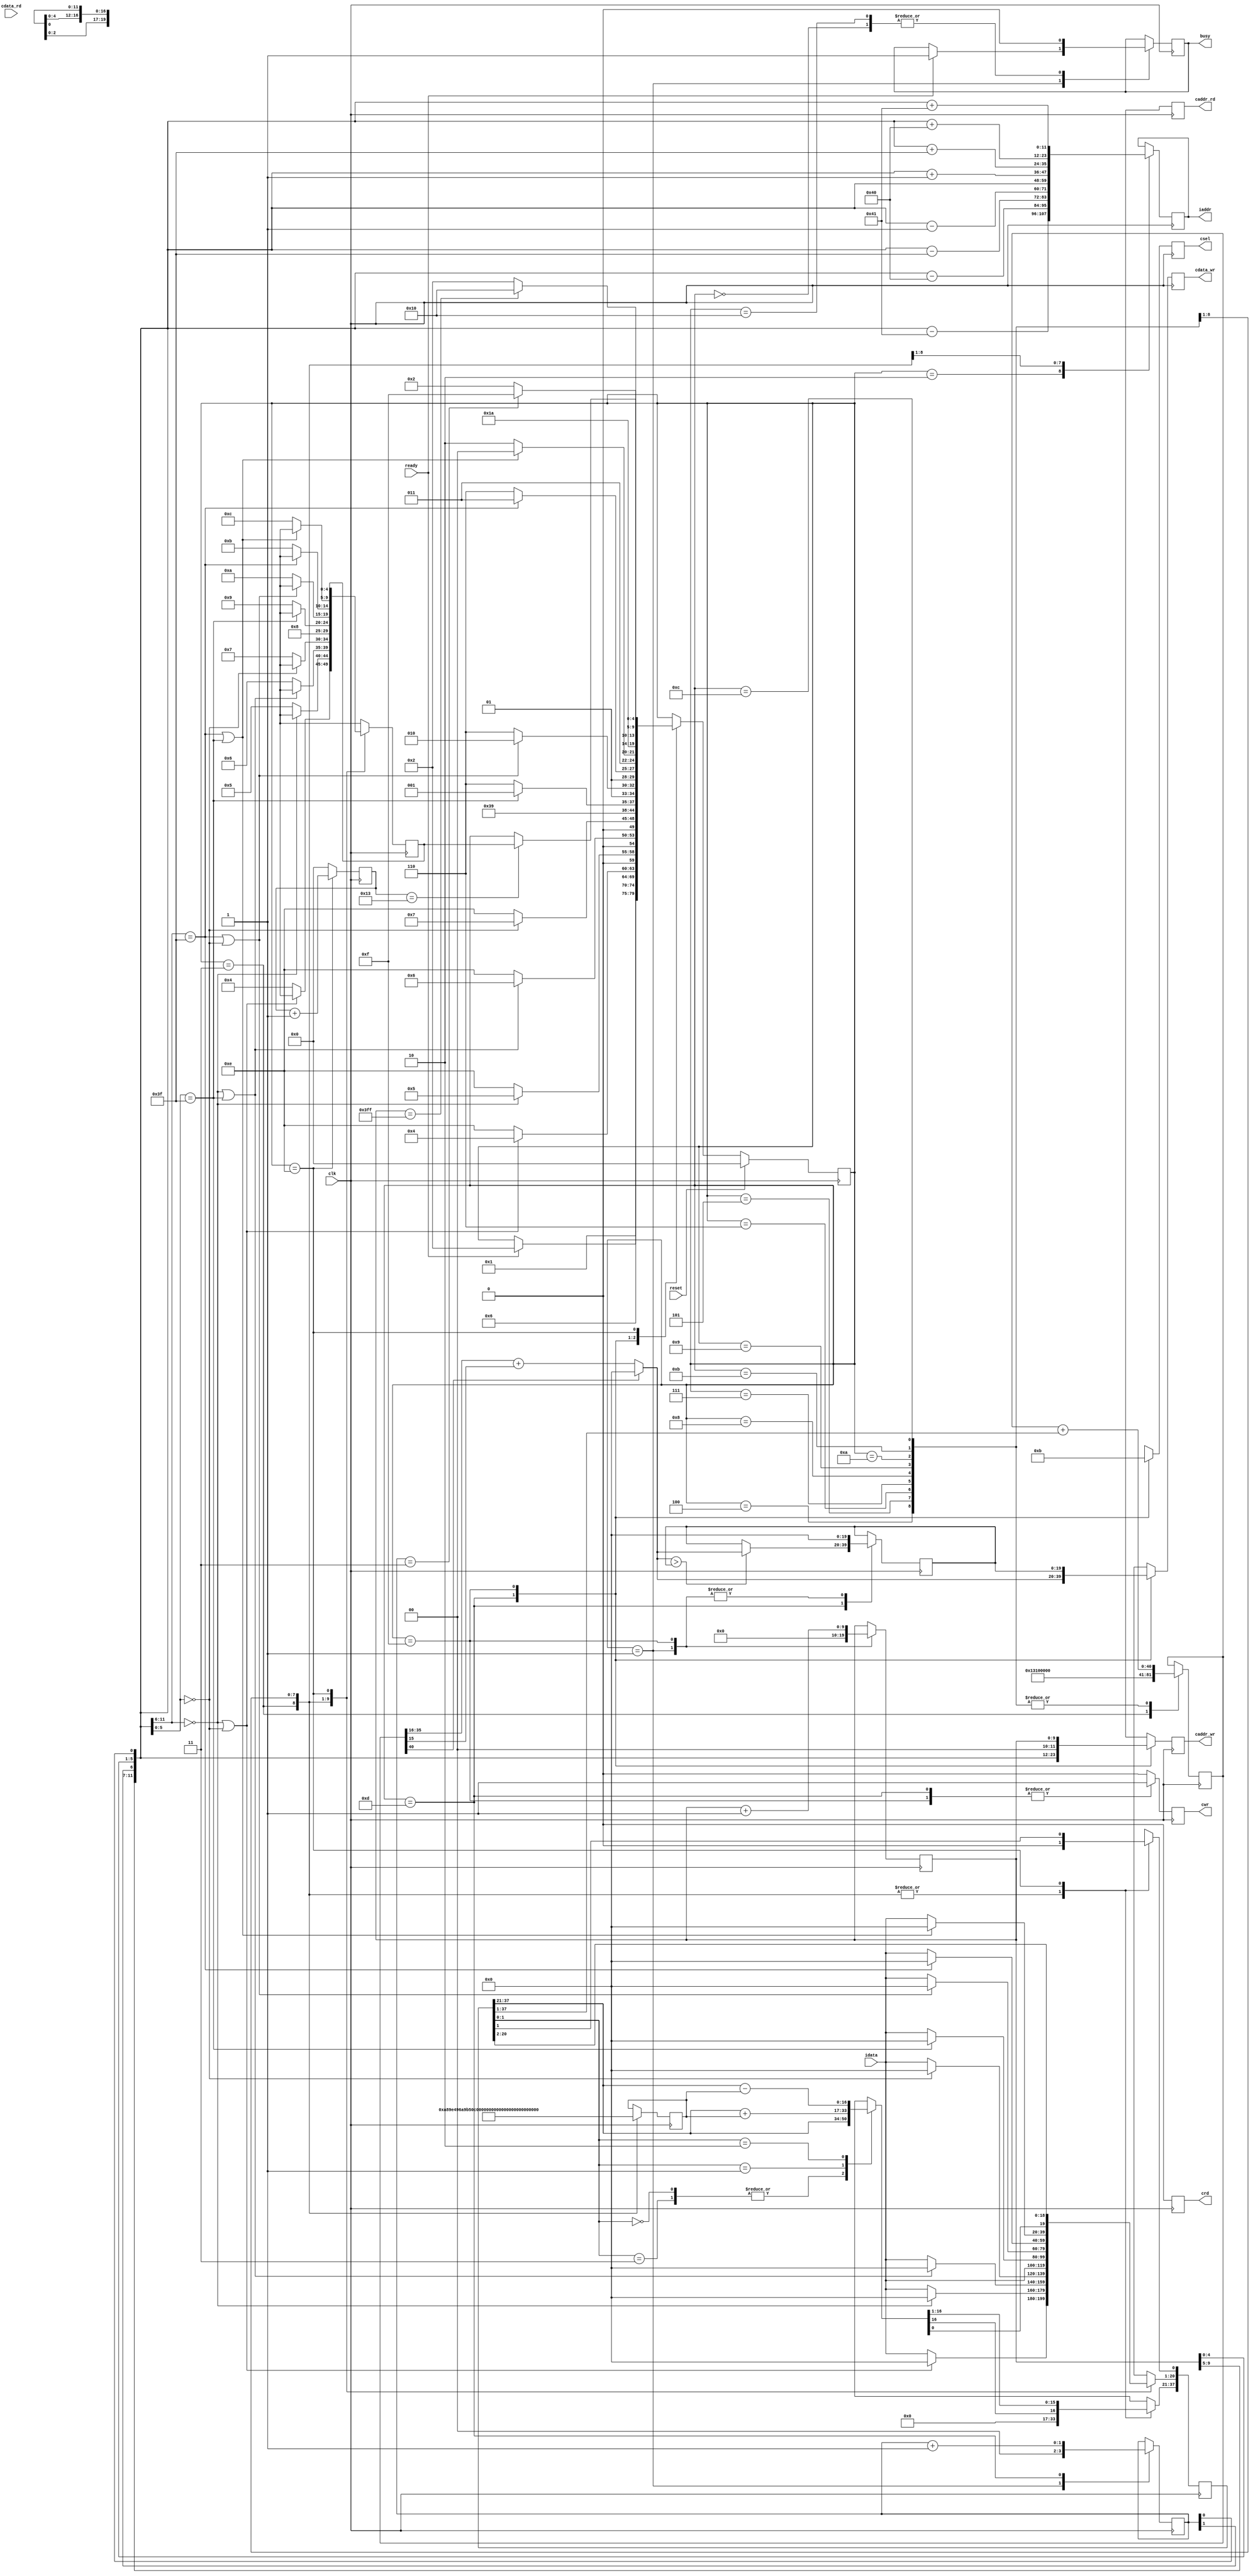
module  CONV(
	input clk,
	input reset,
	output reg busy,
	input ready,

	output reg [11:0] iaddr,
	input [19:0] idata,	

	output reg cwr,
	output reg [11:0] caddr_wr,
	output reg [19:0] cdata_wr,
	
	output reg crd,
	output reg [11:0] caddr_rd,
	input [19:0] cdata_rd,

	output reg [2:0] csel
	);
/* my design */
localparam signed k_1 = 17'h0A89E;
localparam signed k_2 = 17'h092D5;
localparam signed k_3 = 17'h06D43;
localparam signed k_4 = 17'h01004;
localparam signed k_5 = 17'h18F71;
localparam signed k_6 = 17'h16E54;
localparam signed k_7 = 17'h1A6D7;
localparam signed k_8 = 17'h1C834;
localparam signed k_9 = 17'h1AC19;
localparam signed k_bias = {{8{1'b0}}, 17'h01310, {16{1'b0}}};

reg [4:0] state, nxt_state, save_state, save_state_next;
localparam Idle1		= 5'd0;
localparam Idle2		= 5'd1;
localparam Layer0		= 5'd2;
localparam Layer0_1		= 5'd3;
localparam Layer0_2		= 5'd4;
localparam Layer0_3		= 5'd5;
localparam Layer0_4		= 5'd6;
localparam Layer0_5		= 5'd7;
localparam Layer0_6		= 5'd8;
localparam Layer0_7		= 5'd9;
localparam Layer0_8		= 5'd10;
localparam Layer0_9		= 5'd11;
localparam Layer0_10	= 5'd12;
localparam Layer0_write	= 5'd13;
localparam Mul			= 5'd14;
localparam Layer1_write	= 5'd15;
localparam Finish		= 5'd16;

/* 20-bits * 17-bits signed multiplication */
reg [16:0] multiplicand;
reg [37:0] product_cur;
reg [37:0] product_nxt;
reg [16:0] product_tmp;
always @(*) begin
	case (product_cur[1:0])
		2'b00, 2'b11 : product_tmp <= product_cur[37:21];
		2'b01 : product_tmp <= product_cur[37:21] + multiplicand;
		2'b10 : product_tmp <= product_cur[37:21] - multiplicand;
	endcase
	product_nxt <= {product_tmp[16], product_tmp, product_cur[20:1]};
end
reg [4:0] mul_iteration;
wire [4:0] mul_iteration_nxt = mul_iteration + 5'd1;
wire mul_end = (mul_iteration == 5'd19);
wire signed [36:0] product = product_cur[37:1];

reg [9:0] cnt1;
wire [9:0] cnt1_next = cnt1 + 10'h1;
wire cnt1_end = (cnt1 == 10'h3FF);
reg [1:0] cnt2;
wire [1:0] cnt2_next = cnt2 + 2'h1;
wire cnt2_end = (cnt2 == 2'h3);

wire [11:0] pos = {cnt1[9:5], cnt2[1], cnt1[4:0], cnt2[0]};
wire [5:0] pos_row = pos[11:6];
wire [5:0] pos_col = pos[5:0];
wire pos_is_top = (pos_row == 6'h0);
wire pos_is_down = (pos_row == 6'h3F);
wire pos_is_left = (pos_col == 6'h0);
wire pos_is_right = (pos_col == 6'h3F);
wire pos_is_top_or_left = (pos_is_top || pos_is_left);
wire pos_is_top_or_right = (pos_is_top || pos_is_right);
wire pos_is_down_or_left = (pos_is_down || pos_is_left);
wire pos_is_down_or_right = (pos_is_down || pos_is_right);
wire [11:0] pos_1 = pos - {6'h1, 6'h1};
wire [11:0] pos_2 = pos - {6'h1, 6'h0};
wire [11:0] pos_3 = pos - {6'h0, 6'h3F};
wire [11:0] pos_4 = pos - {6'h0, 6'h1};
wire [11:0] pos_5 = pos;
wire [11:0] pos_6 = pos + {6'h0, 6'h1};
wire [11:0] pos_7 = pos + {6'h0, 6'h3F};
wire [11:0] pos_8 = pos + {6'h1, 6'h0};
wire [11:0] pos_9 = pos + {6'h1, 6'h1};
wire [11:0] pos_next = pos_6;

reg signed [40:0] layer0_result;
wire signed [40:0] layer0_result_a_product = layer0_result + product;
wire [19:0] layer0_result_final = (layer0_result[40] ? 20'h0 : (layer0_result[35:16] + layer0_result[15]));
reg [19:0] layer1_result;

always @(*) begin // next state logic
	nxt_state <= state;
	save_state_next <= 5'dx;
	case (state)
		Idle1 : nxt_state <= Idle2; 
		Idle2 :
			if (ready) nxt_state <= Layer0;
		Layer0 : nxt_state <= Layer0_1;
		Layer0_1 :
			if (pos_is_top_or_left) nxt_state <= Layer0_2;
			else begin
				save_state_next <= Layer0_2;
				nxt_state <= Mul;
			end
		Layer0_2 : 
			if (pos_is_top) nxt_state <= Layer0_3;
			else begin
				save_state_next <= Layer0_3;
				nxt_state <= Mul;
			end
		Layer0_3 : 
			if (pos_is_top_or_right) nxt_state <= Layer0_4;
			else begin
				save_state_next <= Layer0_4;
				nxt_state <= Mul;
			end
		Layer0_4 :
			if (pos_is_left) nxt_state <= Layer0_5;
			else begin
				save_state_next <= Layer0_5;
				nxt_state <= Mul;
			end
		Layer0_5 : begin
			save_state_next <= Layer0_6;
			nxt_state <= Mul;
		end
		Layer0_6 : 
			if (pos_is_right) nxt_state <= Layer0_7;
			else begin
				save_state_next <= Layer0_7;
				nxt_state <= Mul;
			end
		Layer0_7 : 
			if (pos_is_down_or_left) nxt_state <= Layer0_8;
			else begin
				save_state_next <= Layer0_8;
				nxt_state <= Mul;
			end
		Layer0_8 : 
			if (pos_is_down) nxt_state <= Layer0_9;
			else begin
				save_state_next <= Layer0_9;
				nxt_state <= Mul;
			end
		Layer0_9 :
			if (pos_is_down_or_right) nxt_state <= Layer0_10;
			else begin
				save_state_next <= Layer0_10;
				nxt_state <= Mul;
			end
		Layer0_10 : nxt_state <= Layer0_write;
		Layer0_write :
			if (cnt2_end) nxt_state <= Layer1_write;
			else nxt_state <= Layer0;
		Layer1_write :
			if (cnt1_end) nxt_state <= Finish;
			else nxt_state <= Layer0;
		Mul : begin
			save_state_next <= save_state;
			if (mul_end) nxt_state <= save_state;
		end
	endcase
end

always @(posedge clk/* or posedge reset*/) begin // FSM
	if (reset) state <= Idle1;
	else state <= nxt_state;
end

always @(posedge clk) begin
	/* useless */
	crd <= 1'b0;
	caddr_rd <= 12'hx;
	/*         */
	save_state <= save_state_next;
	csel <= 3'bx;
	cwr <= 1'b0;
	caddr_wr <= 12'hx;
	cdata_wr <= 20'hx;
	/* tricky */
	mul_iteration <= 5'd0;
	product_cur <= 38'dx;
	/*        */
	case (state)
		Idle1 : begin
			busy <= 1'b0;
		end
		Idle2 : begin
			if (ready) busy <= 1'b1;
			cnt1 <= 10'h0;
			cnt2 <= 2'h0;
			layer1_result <= 20'h0;
		end
		Layer0 : begin
			iaddr <= pos_1;
		end
		Layer0_1 : begin
			layer0_result <= k_bias;
			multiplicand <= k_1;
			product_cur[37:21] <= 17'b0;
			product_cur[20:1] <= (pos_is_top_or_left ? 20'b0 : idata);
			product_cur[0] <= 1'b0;
			iaddr <= pos_2;
		end
		Layer0_2 : begin
			layer0_result <= layer0_result_a_product;
			multiplicand <= k_2;
			product_cur[37:21] <= 17'b0;
			product_cur[20:1] <= (pos_is_top ? 20'b0 : idata);
			product_cur[0] <= 1'b0;
			iaddr <= pos_3;
		end
		Layer0_3 : begin
			layer0_result <= layer0_result_a_product;
			multiplicand <= k_3;
			product_cur[37:21] <= 17'b0;
			product_cur[20:1] <= (pos_is_top_or_right ? 20'b0 : idata);
			product_cur[0] <= 1'b0;
			iaddr <= pos_4;
		end
		Layer0_4 : begin
			layer0_result <= layer0_result_a_product;
			multiplicand <= k_4;
			product_cur[37:21] <= 17'b0;
			product_cur[20:1] <= (pos_is_left ? 20'b0 : idata);
			product_cur[0] <= 1'b0;
			iaddr <= pos_5;
		end
		Layer0_5 : begin
			layer0_result <= layer0_result_a_product;
			multiplicand <= k_5;
			product_cur[37:21] <= 17'b0;
			product_cur[20:1] <= idata;
			product_cur[0] <= 1'b0;
			iaddr <= pos_6;
		end
		Layer0_6 : begin
			layer0_result <= layer0_result_a_product;
			multiplicand <= k_6;
			product_cur[37:21] <= 17'b0;
			product_cur[20:1] <= (pos_is_right ? 20'b0 : idata);
			product_cur[0] <= 1'b0;
			iaddr <= pos_7;
		end
		Layer0_7 : begin
			layer0_result <= layer0_result_a_product;
			multiplicand <= k_7;
			product_cur[37:21] <= 17'b0;
			product_cur[20:1] <= (pos_is_down_or_left ? 20'b0 : idata);
			product_cur[0] <= 1'b0;
			iaddr <= pos_8;
		end
		Layer0_8 : begin
			layer0_result <= layer0_result_a_product;
			multiplicand <= k_8;
			product_cur[37:21] <= 17'b0;
			product_cur[20:1] <= (pos_is_down ? 20'b0 : idata);
			product_cur[0] <= 1'b0;
			iaddr <= pos_9;
		end
		Layer0_9 : begin
			layer0_result <= layer0_result_a_product;
			multiplicand <= k_9;
			product_cur[37:21] <= 17'b0;
			product_cur[20:1] <= (pos_is_down_or_right ? 20'b0 : idata);
			product_cur[0] <= 1'b0;
		end
		Layer0_10 : begin
			layer0_result <= layer0_result_a_product;
		end
		Layer0_write : begin
			csel <= 3'b001;
			cwr <= 1'b1;
			caddr_wr <= pos;
			cdata_wr <= layer0_result_final;
			layer1_result <= (layer0_result_final > layer1_result ? layer0_result_final : layer1_result);
			cnt2 <= cnt2_next;
		end
		Mul : begin
			mul_iteration <= mul_iteration_nxt;
			product_cur <= product_nxt;
		end
		Layer1_write : begin
			csel <= 3'b011;
			cwr <= 1'b1;
			caddr_wr <= cnt1;
			cdata_wr <= layer1_result;
			layer1_result <= 20'h0;
			cnt1 <= cnt1_next;
		end
		Finish : begin
			busy <= 1'b0;
		end
	endcase
end

endmodule